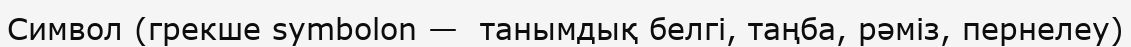
Символ (грекше symbolon —  танымдық белгі, таңба, рәміз, пернелеу)